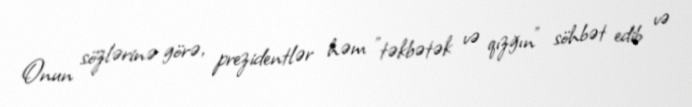
Onun sözlərinə görə, prezidentlər həm "təkbətək və qızğın" söhbət edib və